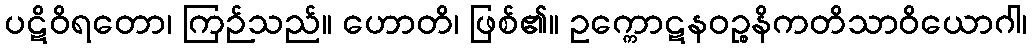
ပဋိဝိရတော၊ ကြဉ်သည်။ ဟောတိ၊ ဖြစ်၏။ ဥက္ကောဋနဝဉ္စနိကတိသာဝိယောဂါ၊